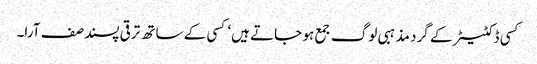
کسی ڈکٹیٹر کے گرد مذہبی لوگ جمع ہو جاتے ہیں‘ کسی کے ساتھ ترقی پسند صف آرا۔